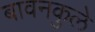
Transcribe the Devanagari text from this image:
बावनकुले